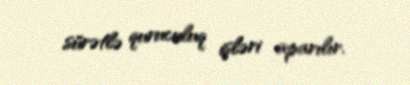
sürətlə quruculuq işləri aparılır.